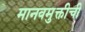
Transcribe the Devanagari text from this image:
मानवमुक्तीची